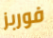
فوربز